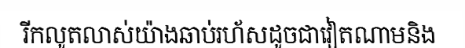
រីកលូតលាស់យ៉ាងឆាប់រហ័សដូចជាវៀតណាមនិង